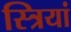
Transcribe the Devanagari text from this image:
स्‍त्रियां